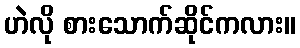
ဟဲလို စားသောက်ဆိုင်ကလား။